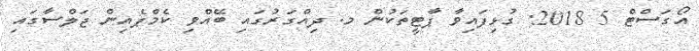
އޯގަސްޓް 5 2018: ގުޅިފައިވާ ޕާޓީތަކުން މ. ދިއްގަރުގައި ބޭއްވި ކެމްޕެއިން ޖަލްސާގައި